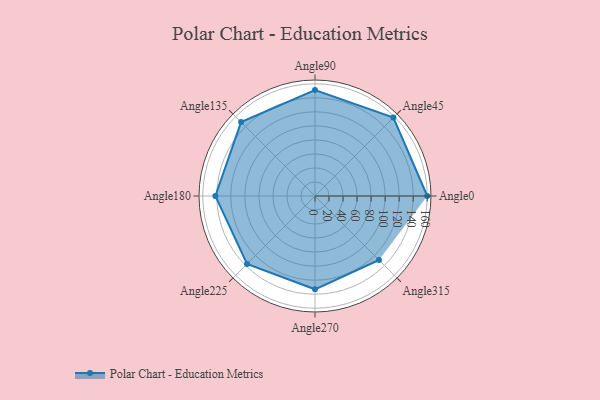
{"axis": {"x": "Angle", "y": "Radius"}, "legend": [""], "data": [{"x": "Angle0", "y": 160.0, "type": ""}, {"x": "Angle45", "y": 158.0, "type": ""}, {"x": "Angle90", "y": 151.0, "type": ""}, {"x": "Angle135", "y": 149.0, "type": ""}, {"x": "Angle180", "y": 142.0, "type": ""}, {"x": "Angle225", "y": 137.0, "type": ""}, {"x": "Angle270", "y": 133.0, "type": ""}, {"x": "Angle315", "y": 129.0, "type": ""}]}